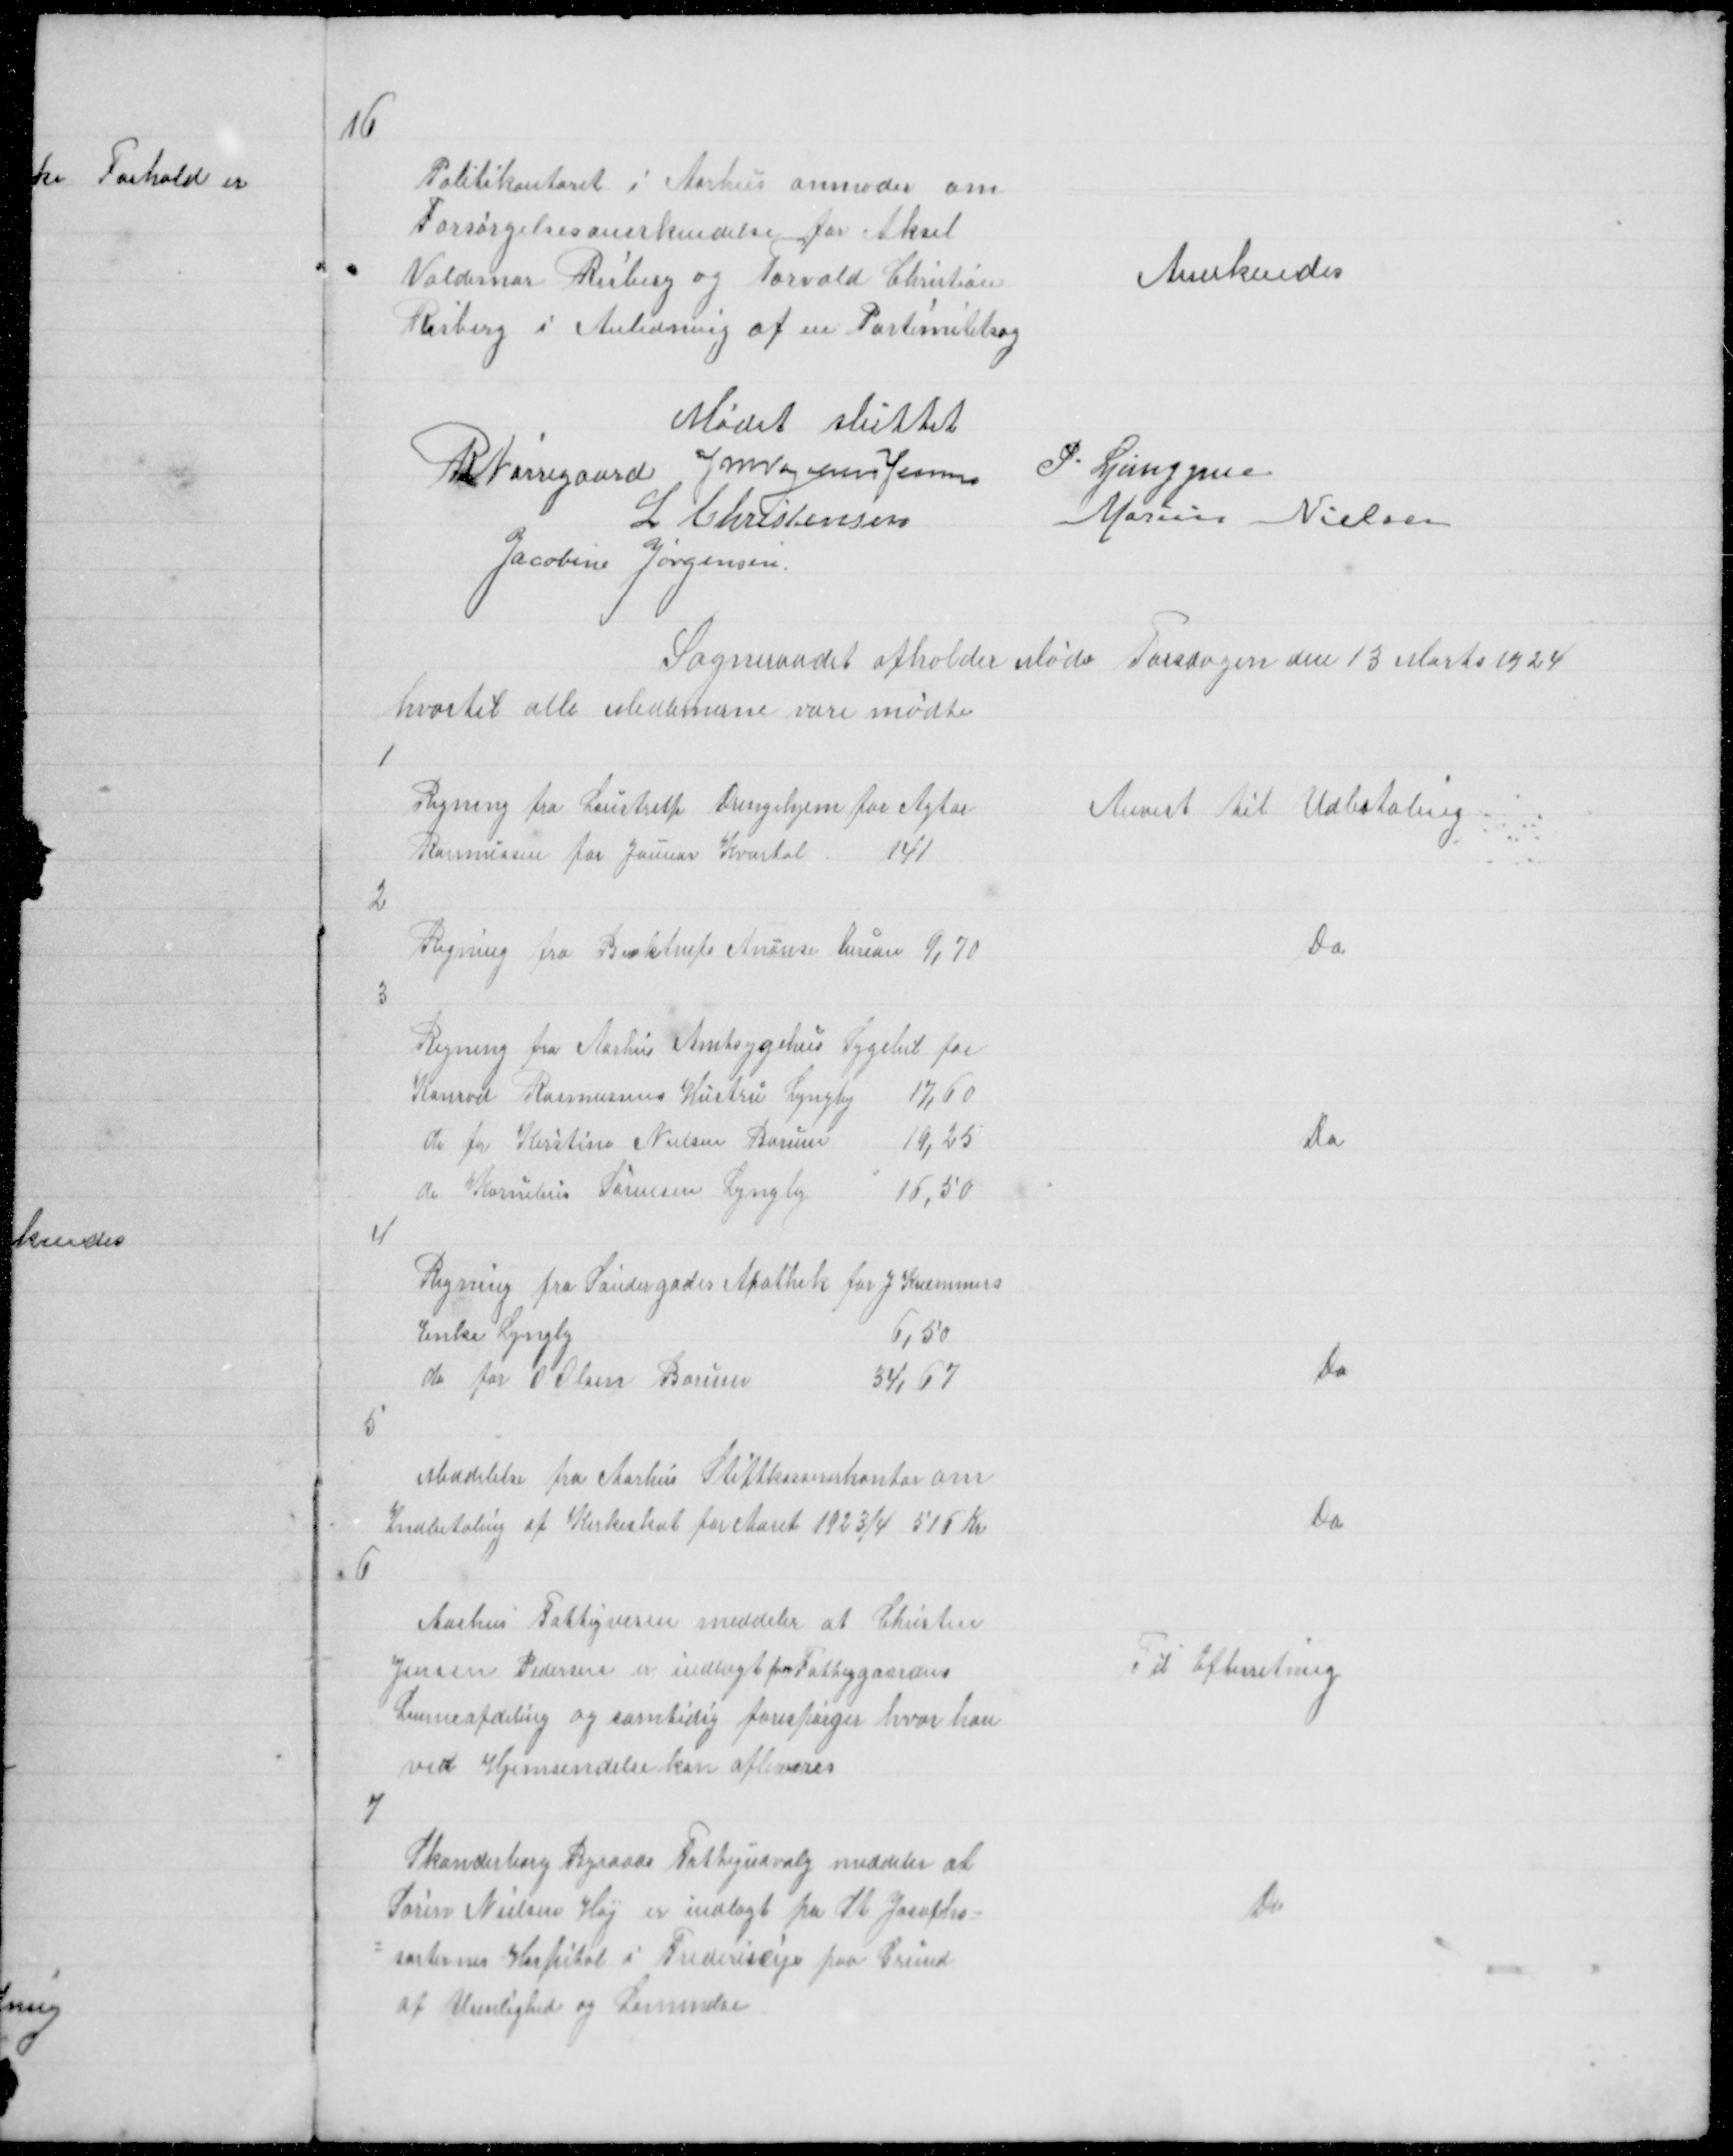
Transskription:
16

Politikontoret i Aarhus anmoder om
Forsørgelsesanerkendelse for Aksel
Valdemar Risberg og Torvald Christian
Risberg i Anledning af en Parternitetsag

Anerkendes

Mødet sluttet
R Nørregaard J M Vogelius Jensen
P. Ljunggren
L Christensen
Marius Nielsen
Jacobine Jørgensen
Sogneraadet afholder Møde Torsdagen den 13 Marts 1924
hvortil alle Medlemerne vare mødte

1

Regning fra Saustrup Drengehjem for Agtor
Rasmussen for Januar Kvartal
141

Anvist til Udbetaling

2

Regning fra Buktrups Anonse bureau 9,70

Do

3

Do

4

Regning fra Søndergades Apothek for J Kræmmers
Enke Lyngby
6,50
do for O Olsen Borum
34,67

Do

5

Meddelelse fra Aarhus Stiftkassererkontor om
Indbetaling af Kirkeskat for Aaret 1923/4 516 Kr

do

6

Aarhus Fattigvesen meddeler at Christen
Jensen Pedersen er indlagt paa Fattiggaardens
Lemmafdeling og samtidig forespørger hvor han
ved Hjemsendelse kan afleveres

Til Efterretning

7
Skanderborg Byraads Fattigudvalg meddeler at
Søren Nielsen Høj er Indlagt paa St Josephs=
= søstrernes Hospital i Frederiscija paa Grund
af Urenlighed og Lammelse

do